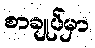
စာချုပ်မှာ